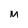
Character: m